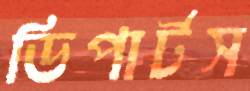
ডিপার্টস